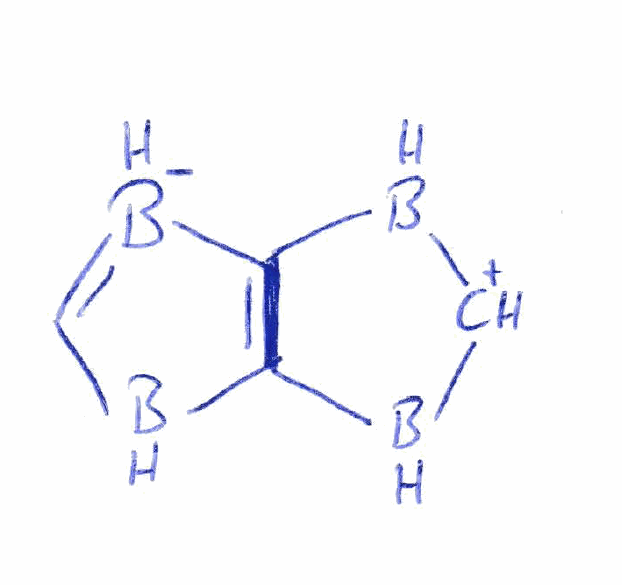
Simplified molecular-input line-entry system (SMILES) notation of the given molecule:
[BH-]1=CBC2=C1B[CH+]B2